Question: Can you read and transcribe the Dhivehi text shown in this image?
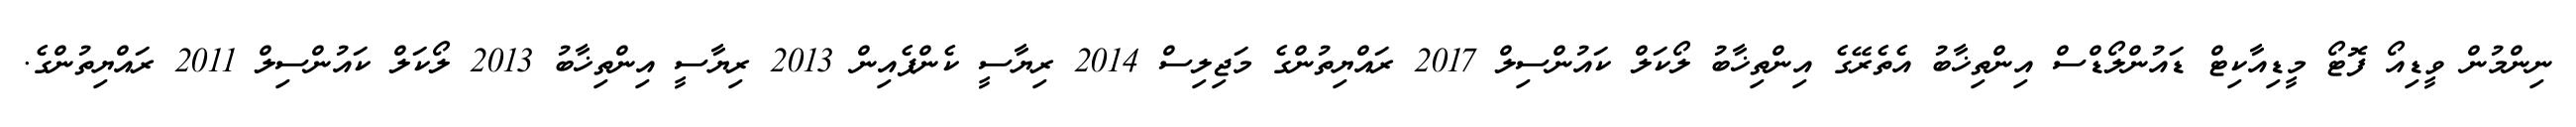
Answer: ނިންމުން ވީޑިއޯ ފޮޓޯ މީޑިއާކިޓް ޑައުންލޯޑްސް އިންތިޚާބު އެތެރޭގެ އިންތިޚާބު ލޯކަލް ކައުންސިލް 2017 ރައްޔިތުންގެ މަޖިލިސް 2014 ރިޔާސީ ކެންޕެއިން 2013 ރިޔާސީ އިންތިޚާބު 2013 ލޯކަލް ކައުންސިލް 2011 ރައްޔިތުންގެ.